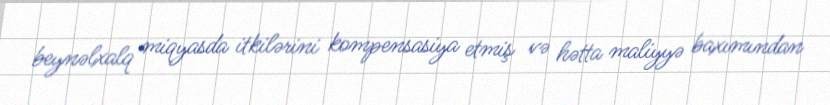
beynəlxalq miqyasda itkilərini kompensasiya etmiş və hətta maliyyə baxımından